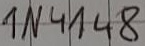
Text: 1N4148